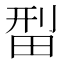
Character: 𬏄